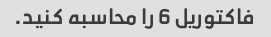
فاکتوریل 6 را محاسبه کنید.